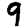
Digit: 9